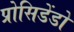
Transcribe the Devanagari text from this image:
प्रोसिडेंडो